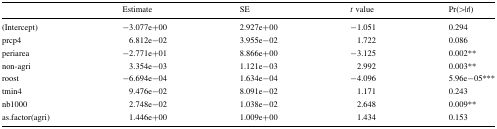
<table><thead><tr><td></td><td><b>Estimate</b></td><td><b>SE</b></td><td><b><i>t</i> value</b></td><td><b>Pr(&gt;|<i>t</i>|)</b></td></tr></thead><tbody><tr><td>(Intercept)</td><td>−3.077e+00</td><td>2.927e+00</td><td>−1.051</td><td>0.294</td></tr><tr><td>prcp4</td><td>6.812e−02</td><td>3.955e−02</td><td>1.722</td><td>0.086</td></tr><tr><td>periarea</td><td>−2.771e+01</td><td>8.866e+00</td><td>−3.125</td><td>0.002**</td></tr><tr><td>non-agri</td><td>3.354e−03</td><td>1.121e−03</td><td>2.992</td><td>0.003**</td></tr><tr><td>roost</td><td>−6.694e−04</td><td>1.634e−04</td><td>−4.096</td><td>5.96e−05***</td></tr><tr><td>tmin4</td><td>9.476e−02</td><td>8.091e−02</td><td>1.171</td><td>0.243</td></tr><tr><td>nb1000</td><td>2.748e−02</td><td>1.038e−02</td><td>2.648</td><td>0.009**</td></tr><tr><td>as.factor(agri)</td><td>1.446e+00</td><td>1.009e+00</td><td>1.434</td><td>0.153</td></tr></tbody></table>